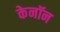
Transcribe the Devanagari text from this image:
केनॉन